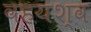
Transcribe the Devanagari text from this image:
वहयश्व